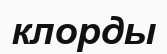
клорды